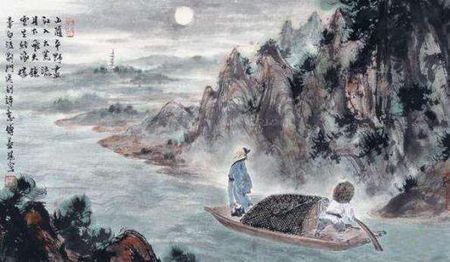
山随平野尽，江入大荒流。